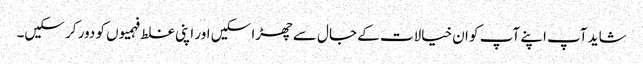
شاید آپ اپنے آپ کو ان خیالات کے جال سے چھڑا سکیں اور اپنی غلط فہمیوں کو دور کر سکیں۔